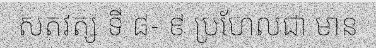
សតវត្ស ទី ៨- ៩ ប្រហែលជា មាន